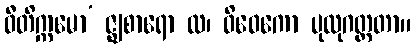
ဝီတိက္ကမော’ ဇ္ဈစာရော ထ၊ ဝိဝေကော ပုထုဂတ္တတာ။